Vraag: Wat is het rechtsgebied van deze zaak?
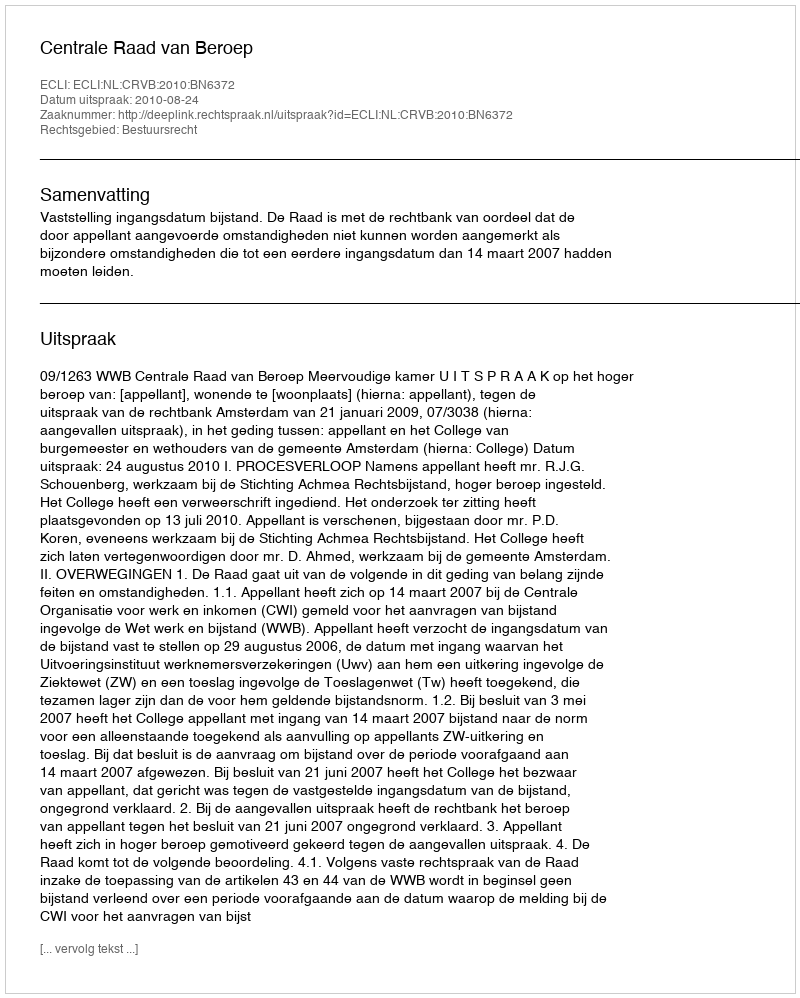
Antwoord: Bestuursrecht